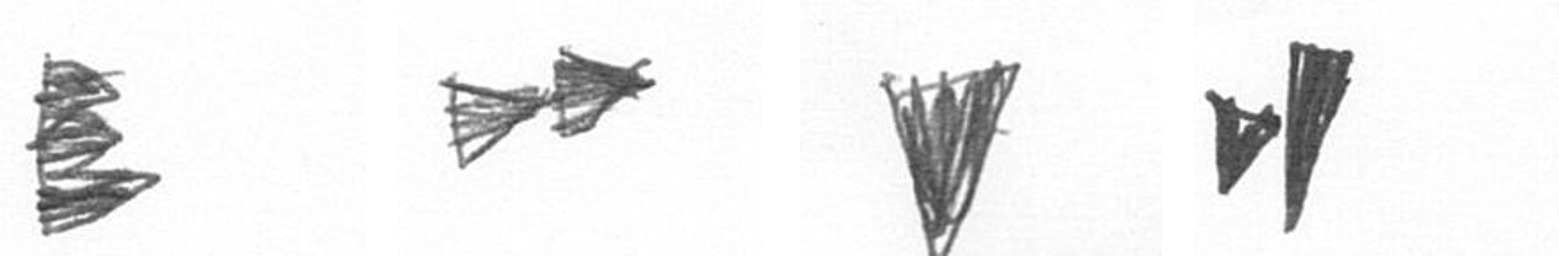
H A J M